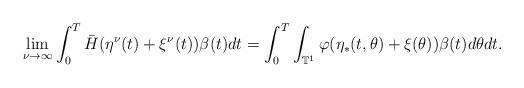
LaTeX: \begin{align*}\lim_{\nu \to \infty} \int_0 ^T \bar{H} ( \eta ^{\nu} (t) + \xi^{\nu} (t))\beta(t)dt = \int_0 ^T \int_{\mathbb{T}^1} \varphi( \eta_* (t, \theta)+ \xi(\theta) ) \beta(t) d\theta dt.\end{align*}